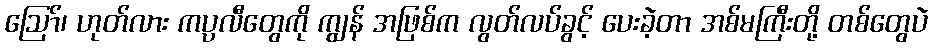
ဩော်၊ ဟုတ်လား ကပ္ပလီတွေကို ကျွန် အဖြစ်က လွတ်လပ်ခွင့် ပေးခဲ့တာ အစ်မကြီးတို့ တစ်တွေပဲ